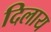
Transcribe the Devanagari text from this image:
दिलाय